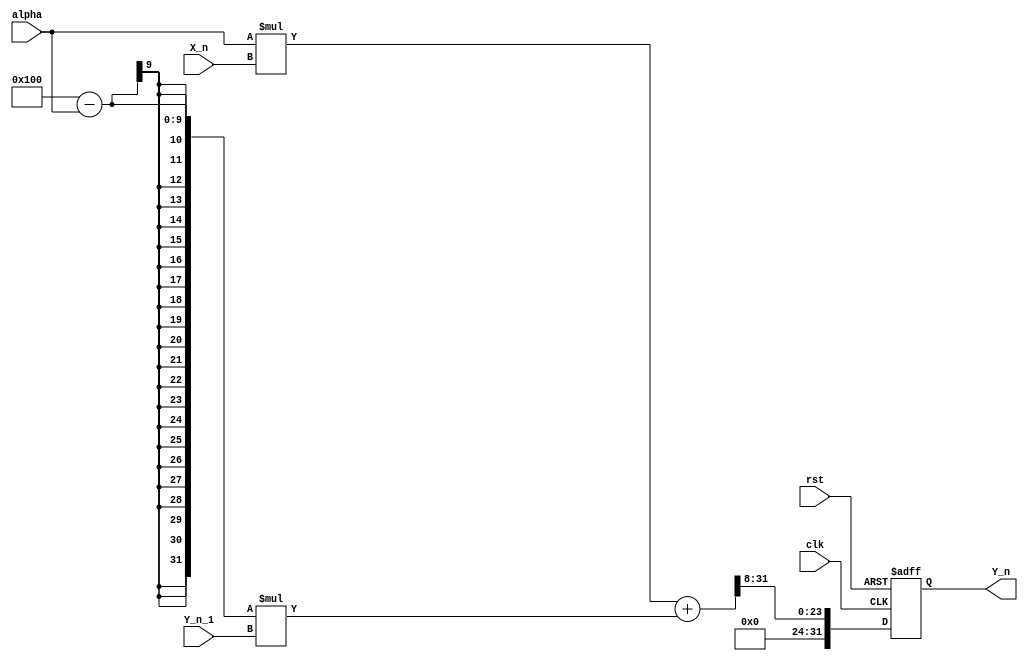
module EMA_accumulator (
    input wire clk,
    input wire rst,
    input wire [31:0] X_n,
    input wire [31:0] Y_n_1,
    input wire [7:0] alpha,
    output reg [31:0] Y_n
);

always @(posedge clk or posedge rst) begin
    if (rst) begin
        Y_n <= 0;
    end else begin
        Y_n <= (alpha * X_n + (256 - alpha) * Y_n_1) >> 8;
    end
end

endmodule